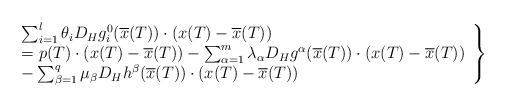
LaTeX: \begin{align*}\left.\begin{array}{l}\sum_{i=1}^{l} \theta_iD_Hg^0_i(\overline{x}(T))\cdot(x(T)-\overline{x}(T))\\=p(T)\cdot (x(T)-\overline{x}(T))-\sum_{\alpha=1}^{m} \lambda_\alpha D_Hg^\alpha(\overline{x}(T)) \cdot (x(T)-\overline{x}(T))\\-\sum_{\beta=1}^{q} \mu_\beta D_Hh^\beta(\overline{x}(T))\cdot(x(T)-\overline{x}(T))\end{array}\right\}\end{align*}